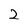
Character: 2